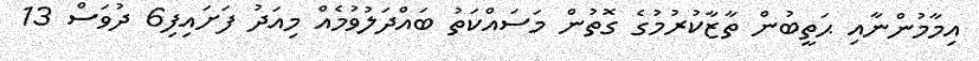
އިމާމުންނާއި ޙަތީބުން ތާޒާކުރުމުގެ ގޮތުން މަސައްކަތު ބައްދަލުވުމެއް މިއަދު ފަށައިފި6 ދުވަސް 13